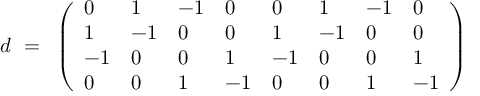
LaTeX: d ~ = ~ \left( \begin{array} { l l l l l l l l } { { 0 } } & { { 1 } } & { { - 1 } } & { { 0 } } & { { 0 } } & { { 1 } } & { { - 1 } } & { { 0 } } \\ { { 1 } } & { { - 1 } } & { { 0 } } & { { 0 } } & { { 1 } } & { { - 1 } } & { { 0 } } & { { 0 } } \\ { { - 1 } } & { { 0 } } & { { 0 } } & { { 1 } } & { { - 1 } } & { { 0 } } & { { 0 } } & { { 1 } } \\ { { 0 } } & { { 0 } } & { { 1 } } & { { - 1 } } & { { 0 } } & { { 0 } } & { { 1 } } & { { - 1 } } \end{array} \right)